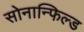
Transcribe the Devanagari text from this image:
सोनान्फिल्ड